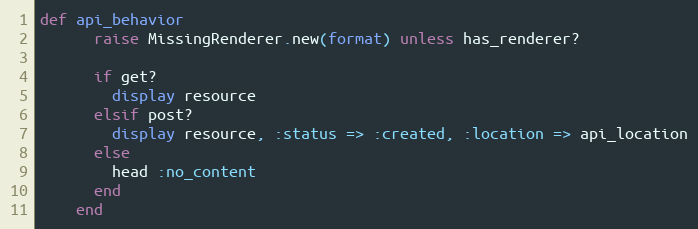
Language: Ruby
def api_behavior
      raise MissingRenderer.new(format) unless has_renderer?

      if get?
        display resource
      elsif post?
        display resource, :status => :created, :location => api_location
      else
        head :no_content
      end
    end